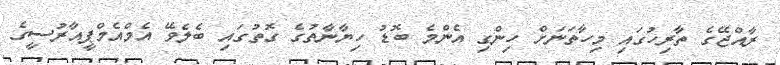
ރާއްޖޭގެ ތާރިހުގައި މިހާތަނަށް ހިންގި އެންމެ ބޮޑު ހިޔާނާތުގެ ގޮތުގައި ބެލެވޭ އެމްއެމްޕީއާރުސީގެ